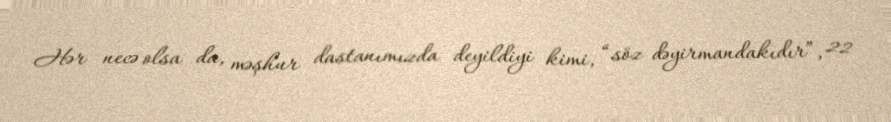
Hər necə olsa da, məşhur dastanımızda deyildiyi kimi, “söz dəyirmandakıdır”, 22